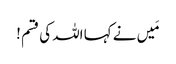
مَیں نے کہا اللہ کی قسم !